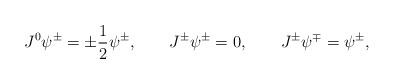
LaTeX: \begin{align*}J^0 \psi^\pm = \pm\frac12 \psi^\pm, \qquad J^\pm \psi^\pm = 0, \qquad J^\pm \psi^\mp = \psi^\pm,\end{align*}